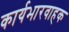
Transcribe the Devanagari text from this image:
कार्यभारवाहक